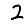
Digit: 2